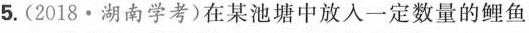
5.(2018·湖南学考)在某池塘中放入一定数量的鲤鱼